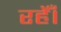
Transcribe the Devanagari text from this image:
रहेँ।